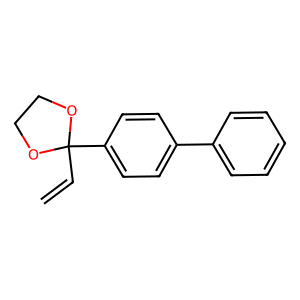
SMILES: C=CC1(c2ccc(-c3ccccc3)cc2)OCCO1
Inhibits HIV replication: No